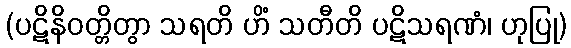
(ပဋိနိဝတ္တိတွာ သရတိ ဟိံ သတီတိ ပဋိသရဏံ၊ ဟုပြု)